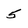
Character: 5